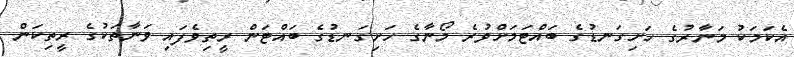
އެކަމަކު މަނާރުގެ ހަށިގަނޑުގެ ބައްޓަމަށްވުރެ މޯނާގެ ހަށިގަނޑުގެ ބައްޓަން ރީތިވެފައި ވަނާތަކުގެ ރީތިކަން